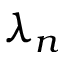
\lambda _ { n }